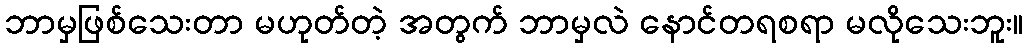
ဘာမှဖြစ်သေးတာ မဟုတ်တဲ့ အတွက် ဘာမှလဲ နောင်တရစရာ မလိုသေးဘူး။